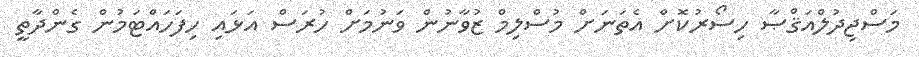
މަސްޖިދުލްއަޤްޞާ ހިސޯރުކޮށް އެތަނަށް މުސްލިމް ޒުވާނުން ވަނުމަށް ހުރަސް އަޅައި ހިފަހައްޓަމުން ގެންދާތީ